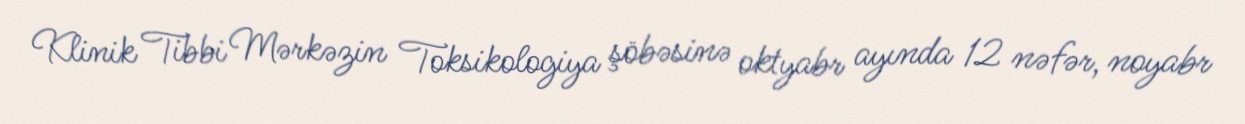
Klinik Tibbi Mərkəzin Toksikologiya şöbəsinə oktyabr ayında 12 nəfər, noyabr